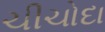
ચીચોદા